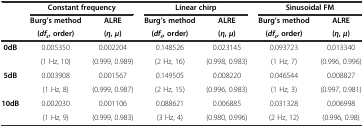
<table><thead><tr><td rowspan="3"></td><td colspan="2"><b>Constant frequency</b></td><td colspan="2"><b>Linear chirp</b></td><td colspan="2"><b>Sinusoidal FM</b></td></tr><tr><td><b>Burg’s method</b></td><td><b>ALRE</b></td><td><b>Burg’s method</b></td><td><b>ALRE</b></td><td><b>Burg’s method</b></td><td><b>ALRE</b></td></tr><tr><td><b>(<i>df</i><sub><i>s</i></sub>, order)</b></td><td><b>( <i>η</i>, <i>μ</i>)</b></td><td><b>(<i>df</i><sub><i>s</i></sub>, order)</b></td><td><b>( <i>η</i>, <i>μ</i>)</b></td><td><b>(<i>df</i><sub><i>s</i></sub>, order)</b></td><td><b>( <i>η</i>, <i>μ</i>)</b></td></tr></thead><tbody><tr><td rowspan="2"><b>0dB</b></td><td>0.005350</td><td>0.002204</td><td>0.148526</td><td>0.023145</td><td>0.093723</td><td>0.013340</td></tr><tr><td>(1 Hz, 10)</td><td>(0.999, 0.989)</td><td>(2 Hz, 16)</td><td>(0.998, 0.983)</td><td>(1 Hz, 7)</td><td>(0.996, 0.996)</td></tr><tr><td rowspan="2"><b>5dB</b></td><td>0.003908</td><td>0.001567</td><td>0.149505</td><td>0.008220</td><td>0.046544</td><td>0.008827</td></tr><tr><td>(1 Hz, 8)</td><td>(0.999, 0.987)</td><td>(2 Hz, 15)</td><td>(0.996, 0.983)</td><td>(1 Hz, 3)</td><td>(0.997, 0.981)</td></tr><tr><td rowspan="2"><b>10dB</b></td><td>0.002030</td><td>0.001106</td><td>0.088621</td><td>0.006885</td><td>0.031328</td><td>0.006998</td></tr><tr><td>(1 Hz, 9)</td><td>(0.999, 0.983)</td><td>(3 Hz, 4)</td><td>(0.980, 0.996)</td><td>(2 Hz, 12)</td><td>(0.996, 0.98)</td></tr></tbody></table>